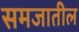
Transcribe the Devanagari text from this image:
समजातील